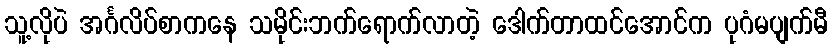
သူ့လိုပဲ အင်္ဂလိပ်စာကနေ သမိုင်းဘက်ရောက်လာတဲ့ ဒေါက်တာထင်အောင်က ပုဂံမပျက်မီ